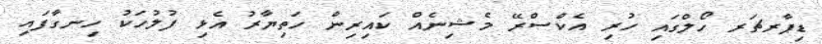
ޑިޕާރޗަރ ހޯލްގައި ހުރި އެކްސްރޭ މެޝިނެއް ކައިރިން ހަތިޔާރު އެޅި ފުލުހަކު ހިނގާފައި